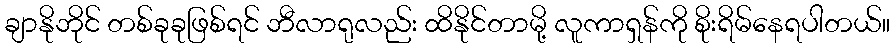
ချာနိုဘိုင် တစ်ခုခုဖြစ်ရင် ဘီလာရုလည်း ထိနိုင်တာမို့ လူကာရှန်ကို စိုးရိမ်နေရပါတယ်။